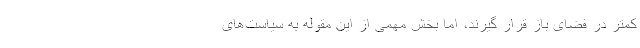
کمتر در فضای باز قرار گیرند، اما بخش مهمی از این مقوله به سیاست‌های